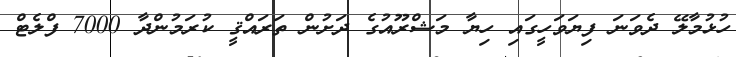
ހުޅުމާލޭ ދެވަނަ ފިޔަވަހީގައި ހިޔާ މަޝްރޫއުގެ ދަށުން ތަރައްޤީ ކުރަމުންދާ 7000 ފްލެޓް